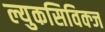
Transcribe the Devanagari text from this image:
ल्युकसिविक्ज